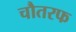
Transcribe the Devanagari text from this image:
चौतरफ